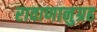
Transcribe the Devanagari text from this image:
रावाणानुग्रह